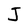
Character: J